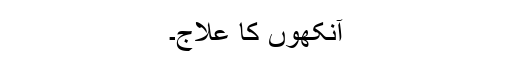
آنکھوں کا علاج۔